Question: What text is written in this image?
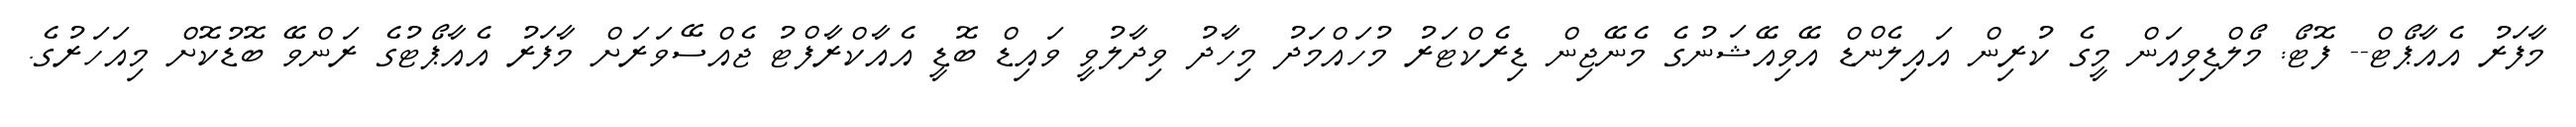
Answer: މާފަރު އެއާޕޯޓް-- ފޮޓޯ: މޯލްޑިވިއަން މީގެ ކުރިން އައިލެންޑް އޭވިއޭޝަނުގެ މެނޭޖިން ޑިރެކްޓަރު މުހައްމަދު މިހާދު ވިދާލުވީ ވައިޑް ބޮޑީ އެއާކްރާފްޓު ޖެއްސޭވަރަށް މާފަރު އެއާޕޯޓުގެ ރަންވޭ ބޮޑުކޮށް މިއަހަރުގެ.